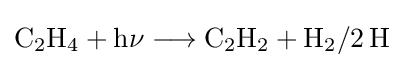
{\mathrm {C} {\vphantom {A}}_{\smash[{t}]{2}}\mathrm {H} {\vphantom {A}}_{\smash[{t}]{4}}{}+{}\mathrm {h\nu } {}\mathrel {\longrightarrow } {}\mathrm {C} {\vphantom {A}}_{\smash[{t}]{2}}\mathrm {H} {\vphantom {A}}_{\smash[{t}]{2}}{}+{}\mathrm {H} {\vphantom {A}}_{\smash[{t}]{2}}/2\,\mathrm {H} }